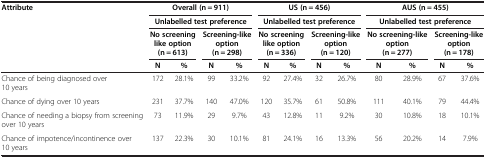
<table><thead><tr><td rowspan="3"><b>Attribute</b></td><td colspan="4"><b>Overall (n = 911)</b></td><td colspan="4"><b>US (n = 456)</b></td><td colspan="4"><b>AUS (n = 455)</b></td></tr><tr><td colspan="4"><b>Unlabelled test preference</b></td><td colspan="4"><b>Unlabelled test preference</b></td><td colspan="4"><b>Unlabelled test preference</b></td></tr><tr><td colspan="2"><b>No screening like option (n = 613)</b></td><td colspan="2"><b>Screening-like option (n = 298)</b></td><td colspan="2"><b>No screening like option (n = 336)</b></td><td colspan="2"><b>Screening-like option (n = 120)</b></td><td colspan="2"><b>No screening-like option (n = 277)</b></td><td colspan="2"><b>Screening-like option (n = 178)</b></td></tr><tr><td><b> </b></td><td><b>N</b></td><td><b>%</b></td><td><b>N</b></td><td><b>%</b></td><td><b>N</b></td><td><b>%</b></td><td><b>N</b></td><td><b>%</b></td><td><b>N</b></td><td><b>%</b></td><td><b>N</b></td><td><b>%</b></td></tr></thead><tbody><tr><td>Chance of being diagnosed over 10 years</td><td>172</td><td>28.1%</td><td>99</td><td>33.2%</td><td>92</td><td>27.4%</td><td>32</td><td>26.7%</td><td>80</td><td>28.9%</td><td>67</td><td>37.6%</td></tr><tr><td>Chance of dying over 10 years</td><td>231</td><td>37.7%</td><td>140</td><td>47.0%</td><td>120</td><td>35.7%</td><td>61</td><td>50.8%</td><td>111</td><td>40.1%</td><td>79</td><td>44.4%</td></tr><tr><td>Chance of needing a biopsy from screening over 10 years</td><td>73</td><td>11.9%</td><td>29</td><td>9.7%</td><td>43</td><td>12.8%</td><td>11</td><td>9.2%</td><td>30</td><td>10.8%</td><td>18</td><td>10.1%</td></tr><tr><td>Chance of impotence/incontinence over 10 years</td><td>137</td><td>22.3%</td><td>30</td><td>10.1%</td><td>81</td><td>24.1%</td><td>16</td><td>13.3%</td><td>56</td><td>20.2%</td><td>14</td><td>7.9%</td></tr></tbody></table>